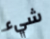
شيء